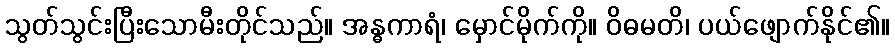
သွတ်သွင်းပြီးသောမီးတိုင်သည်။ အန္ဓကာရံ၊ မှောင်မိုက်ကို။ ဝိဓမတိ၊ ပယ်ဖျောက်နိုင်၏။